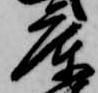
庫